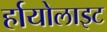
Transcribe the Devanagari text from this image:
र्हायोलाइट